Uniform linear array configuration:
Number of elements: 24
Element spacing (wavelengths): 0.5
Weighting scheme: hann
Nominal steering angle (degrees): -60
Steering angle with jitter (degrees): -59.421
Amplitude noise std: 0.05
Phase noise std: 0.05

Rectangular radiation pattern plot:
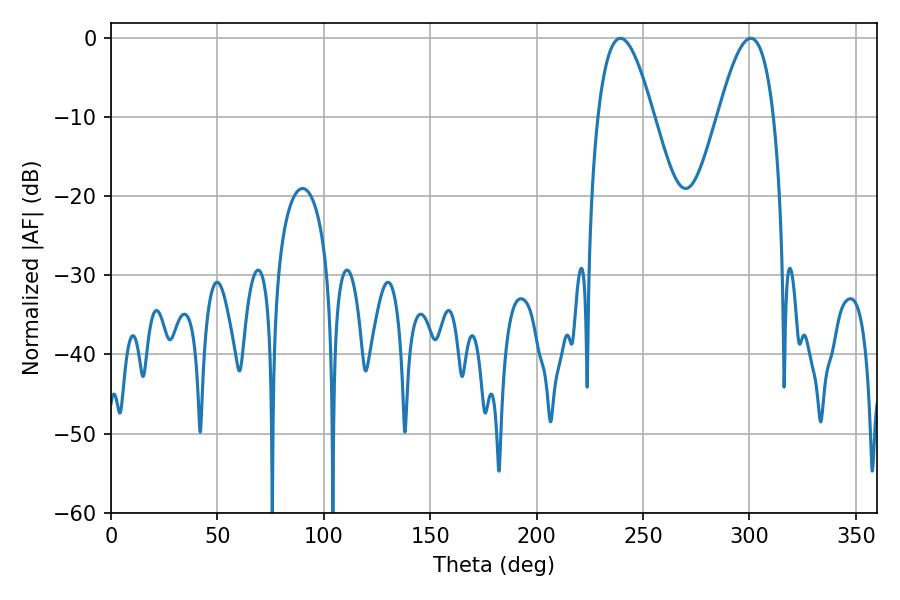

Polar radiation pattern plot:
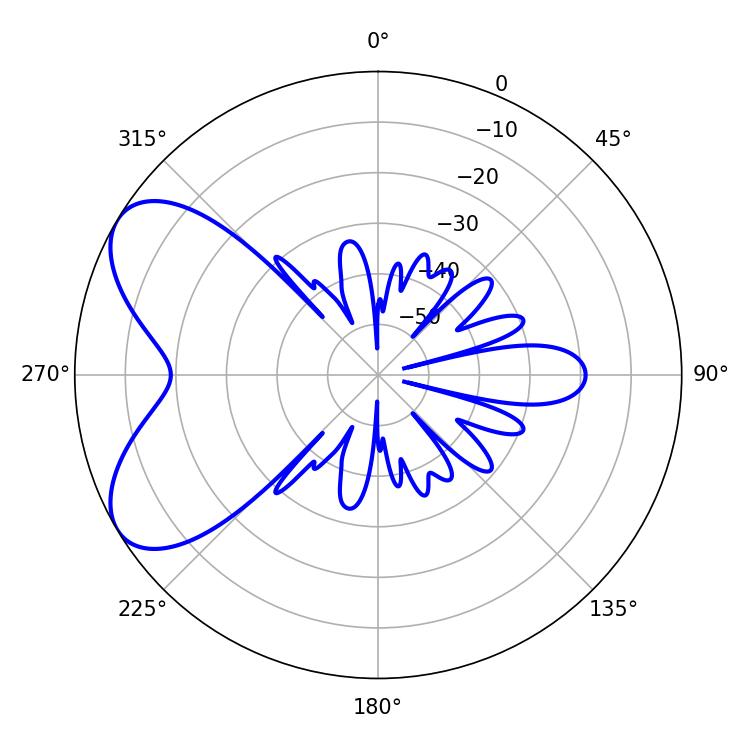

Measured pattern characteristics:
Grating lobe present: FALSE
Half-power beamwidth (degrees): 14.22
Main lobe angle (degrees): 300.6